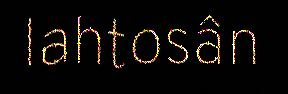
lahtosân